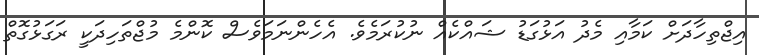
އިޖްތިހާދަށް ކަމާއި މެދު އަޅުގަޑު ޝައްކެއް ނުކުރަމެވެ. އެހެންނަމަވެސް ކޮންމެ މުޖްތަހިދަކީ ރަގަޅުގޮތް